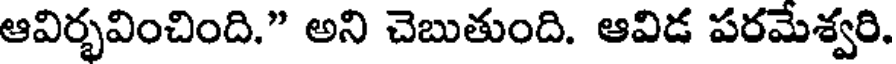
ఆవిర్భవించింది." అని చెబుతుంది. ఆవిడ పరమేశ్వరి.